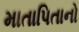
માતાપિતાનો